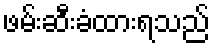
ဖမ်းဆီးခံထားရသည်